Civil Veterinary Dept. North-West Frontier Province 1933-46 - 1933-1946
Year: 1933
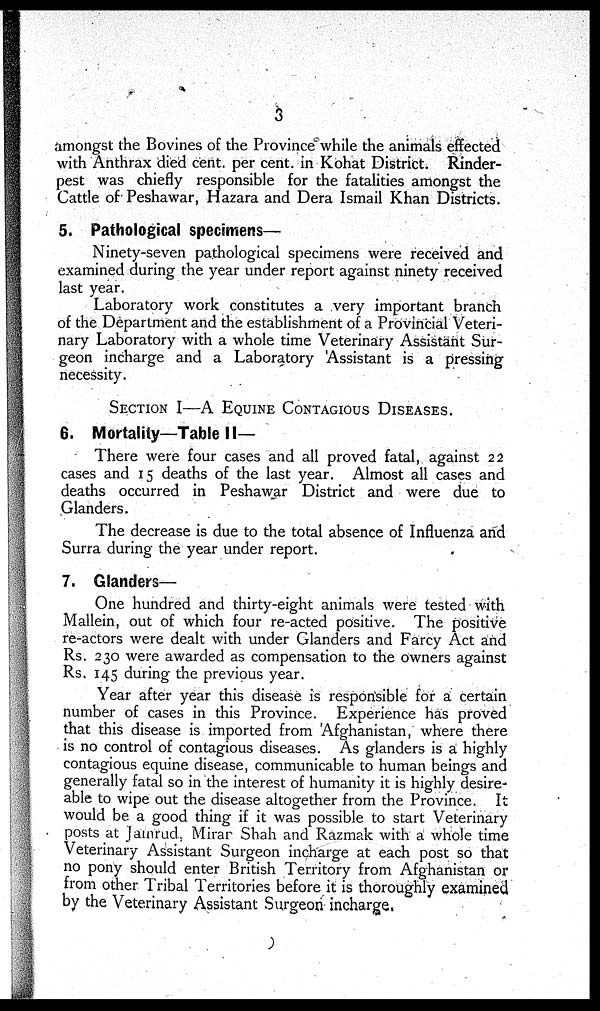
3
amongst the Bovines of the Province while the animals effected
with Anthrax died cent. per cent. in Kohat District. Rinder-
pest was chiefly responsible for the fatalities amongst the
Cattle of Peshawar, Hazara and Dera Ismail Khan Districts.
5. Pathological specimens—
Ninety-seven pathological specimens were received and
examined during the year under report against ninety received
last year.
Laboratory work constitutes a very important branch
of the Department and the establishment of a Provincial Veteri-
nary Laboratory with a whole time Veterinary Assistant Sur-
geon incharge and a Laboratory Assistant is a pressing
necessity.
SECTION I—A EQUINE CONTAGIOUS DISEASES.
6. Mortality—Table II—
There were four cases and all proved fatal, against 22
cases and 15 deaths of the last year. Almost all cases and
deaths occurred in Peshawar District and were due to
Glanders.
The decrease is due to the total absence of Influenza and
Surra during the year under report.
7. Glanders—
One hundred and thirty-eight animals were tested with
Mallein, out of which four re-acted positive. The positive
re-actors were dealt with under Glanders and Farcy Act and
Rs. 230 were awarded as compensation to the owners against
Rs. 145 during the previous year.
Year after year this disease is responsible for a certain
number of cases in this Province. Experience has proved
that this disease is imported from 'Afghanistan, where there
is no control of contagious diseases. As glanders is a highly
contagious equine disease, communicable to human beings and
generally fatal so in the interest of humanity it is highly desire-
able to wipe out the disease altogether from the Province. It
would be a good thing if it was possible to start Veterinary
posts at Jamrud, Mirar Shah and Razmak with a whole time
Veterinary Assistant Surgeon incharge at each post so that
no pony should enter British Territory from Afghanistan or
from other Tribal Territories before it is thoroughly examined
by the Veterinary Assistant Surgeon incharge.